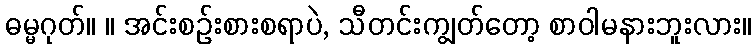
ဓမ္မဂုတ်။ ။ အင်းစဉ်းစားစရာပဲ, သီတင်းကျွတ်တော့ စာဝါမနားဘူးလား။